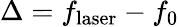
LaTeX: \Delta=f_{\mathrm{laser}}-f_{0}